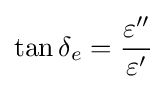
\tan \delta _{e}={\frac {\varepsilon ''}{\varepsilon '}}